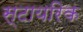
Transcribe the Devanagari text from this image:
स्टायरिक